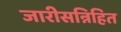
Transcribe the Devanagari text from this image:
जारीसन्निहित